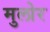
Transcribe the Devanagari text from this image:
मुलोर